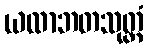
ယထာဘတသုတ္တံ